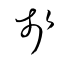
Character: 戔